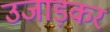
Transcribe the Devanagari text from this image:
उजाड़कर